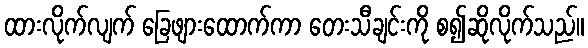
ထားလိုက်လျက် ခြေဖျားထောက်ကာ တေးသီချင်းကို စ၍ဆိုလိုက်သည်။